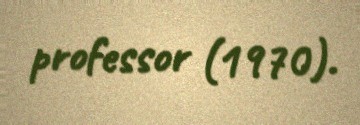
professor (1970).